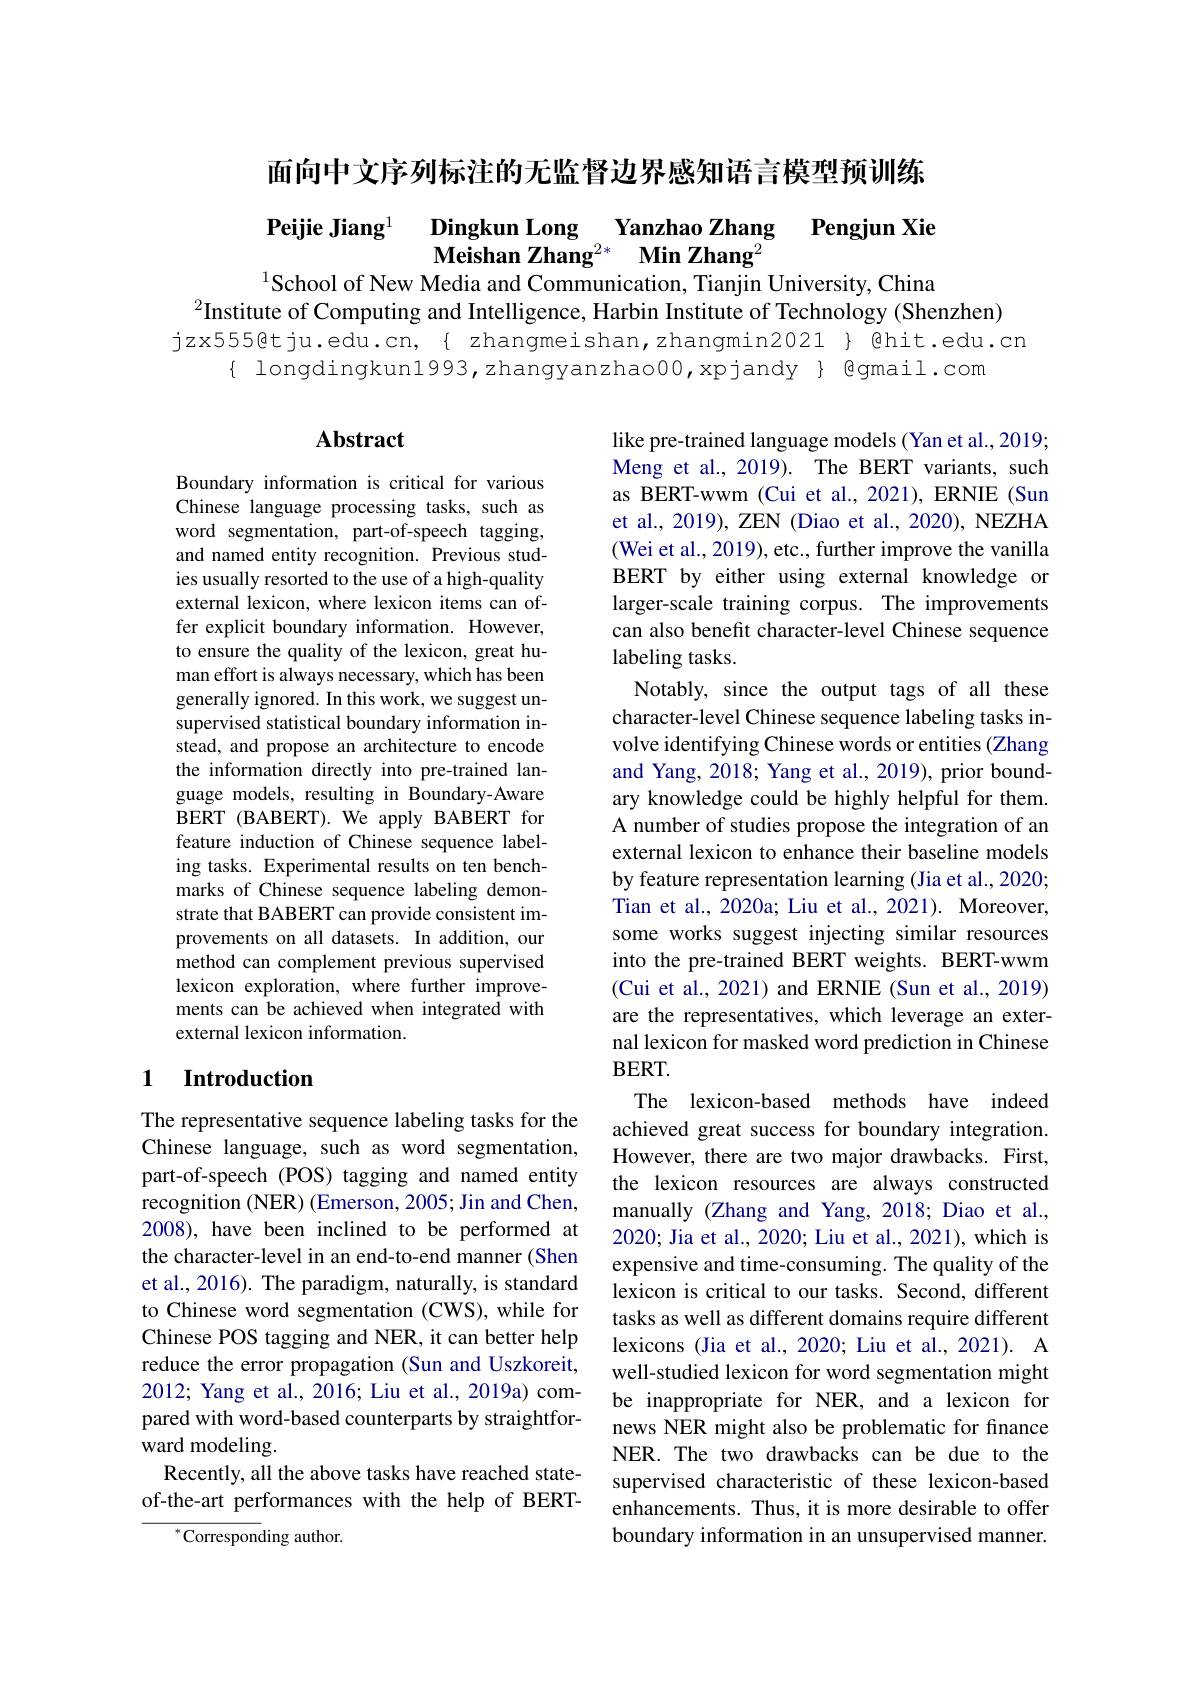
面向中文序列标注的无监督边界感知语言模型预训练

Peijie Jiang$^{1}$ $\textbf{Dingkun Long}_{\text{Meishan Zhang}^{2* }}\textbf{Yanzhao Zhang}$ $\textbf{Pengjun Xie}$ $^{1}$School of New Media and Communication, Tianjin University, China

$^{2}$Institute of Computing and Intelligence, Harbin Institute of Technology (Shenzhen)

$\begin{array}{c}\text{jzx5559@tju.edu.cn,\{zhangmeishan,zhangmin2021}\}&\text{@hit.edu.cn}\\\{\begin{array}{cc}\text{longdingkun1993,zhangyanzhao00,xpjandy}\end{array}\}&\text{@gmail.com}\end{array}$

## $\mathbf{Abstract}$

Boundary information is critical for various Chinese language processing tasks, such as word segmentation, part-of-speech tagging, and named entity recognition. Previous studies usually resorted to the use of a high-quality external lexicon, where lexicon items can offer explicit boundary information. However, to ensure the quality of the lexicon, great human effort is always necessary, which has been generally ignored. In this work, we suggest unsupervised statistical boundary information instead, and propose an architecture to encode the information directly into pre-trained language models, resulting in Boundary-Aware BERT (BABERT). We apply BABERT for feature induction of Chinese sequence labeling tasks. Experimental results on ten benchmarks of Chinese sequence labeling demonstrate that BABERT can provide consistent improvements on all datasets. In addition, our method can complement previous supervised lexicon exploration, where further improvements can be achieved when integrated with external lexicon information.

like pre-trained language models (Yan et al., 2019; Meng et al., 2019). The BERT variants, such as BERT-wwm (Cui et al., 2021), ERNIE (Sun et al., 2019), ZEN (Diao et al., 2020), NEZHA (Wei et al., 2019), etc., further improve the vanilla BERT by either using external knowledge or larger-scale training corpus. The improvements can also benefit character-level Chinese sequence labeling tasks.
Notably, since the output tags of all these character-level Chinese sequence labeling tasks involve identifying Chinese words or entities (Zhang and Yang, 2018; Yang et al., 2019), prior boundary knowledge could be highly helpful for them. A number of studies propose the integration of an external lexicon to enhance their baseline models by feature representation learning (Jia et al., 2020; Tian et al., 2020a; Liu et al., 2021). Moreover, some works suggest injecting similar resources into the pre-trained BERT weights. BERT-wwm (Cui et al., 2021) and ERNIE (Sun et al., 2019) are the representatives, which leverage an external lexicon for masked word prediction in Chinese BERT.
The lexicon-based methods have indeed achieved great success for boundary integration. However, there are two major drawbacks. First, the lexicon resources are always constructed manually (Zhang and Yang, 2018; Diao et al., 2020; Jia et al., 2020; Liu et al., 2021), which is expensive and time-consuming. The quality of the lexicon is critical to our tasks. Second, different tasks as well as different domains require different lexicons (Jia et al., 2020; Liu et al., 2021). A well-studied lexicon for word segmentation might be inappropriate for NER, and a lexicon for news NER might also be problematic for finance NER. The two drawbacks can be due to the supervised characteristic of these lexicon-based enhancements. Thus, it is more desirable to offer boundary information in an unsupervised manner.

### 1 $\textbf{Introduction}$

The representative sequence labeling tasks for the Chinese language, such as word segmentation, part-of-speech (POS) tagging and named entity recognition (NER) (Emerson, 2005; Jin and Chen, 2008), have been inclined to be performed at the character-level in an end-to-end manner (Shen et al., 2016). The paradigm, naturally, is standard to Chinese word segmentation (CWS), while for Chinese POS tagging and NER, it can better help reduce the error propagation (Sun and Uszkoreit, 2012; Yang et al., 2016; Liu et al., 2019a) compared with word-based counterparts by straightforward modeling.
Recently, all the above tasks have reached stateof-the-art performances with the help of BERT-

$^{*}$Corresponding author.